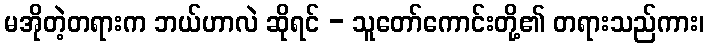
မအိုတဲ့တရားက ဘယ်ဟာလဲ ဆိုရင် - သူတော်ကောင်းတို့၏ တရားသည်ကား၊